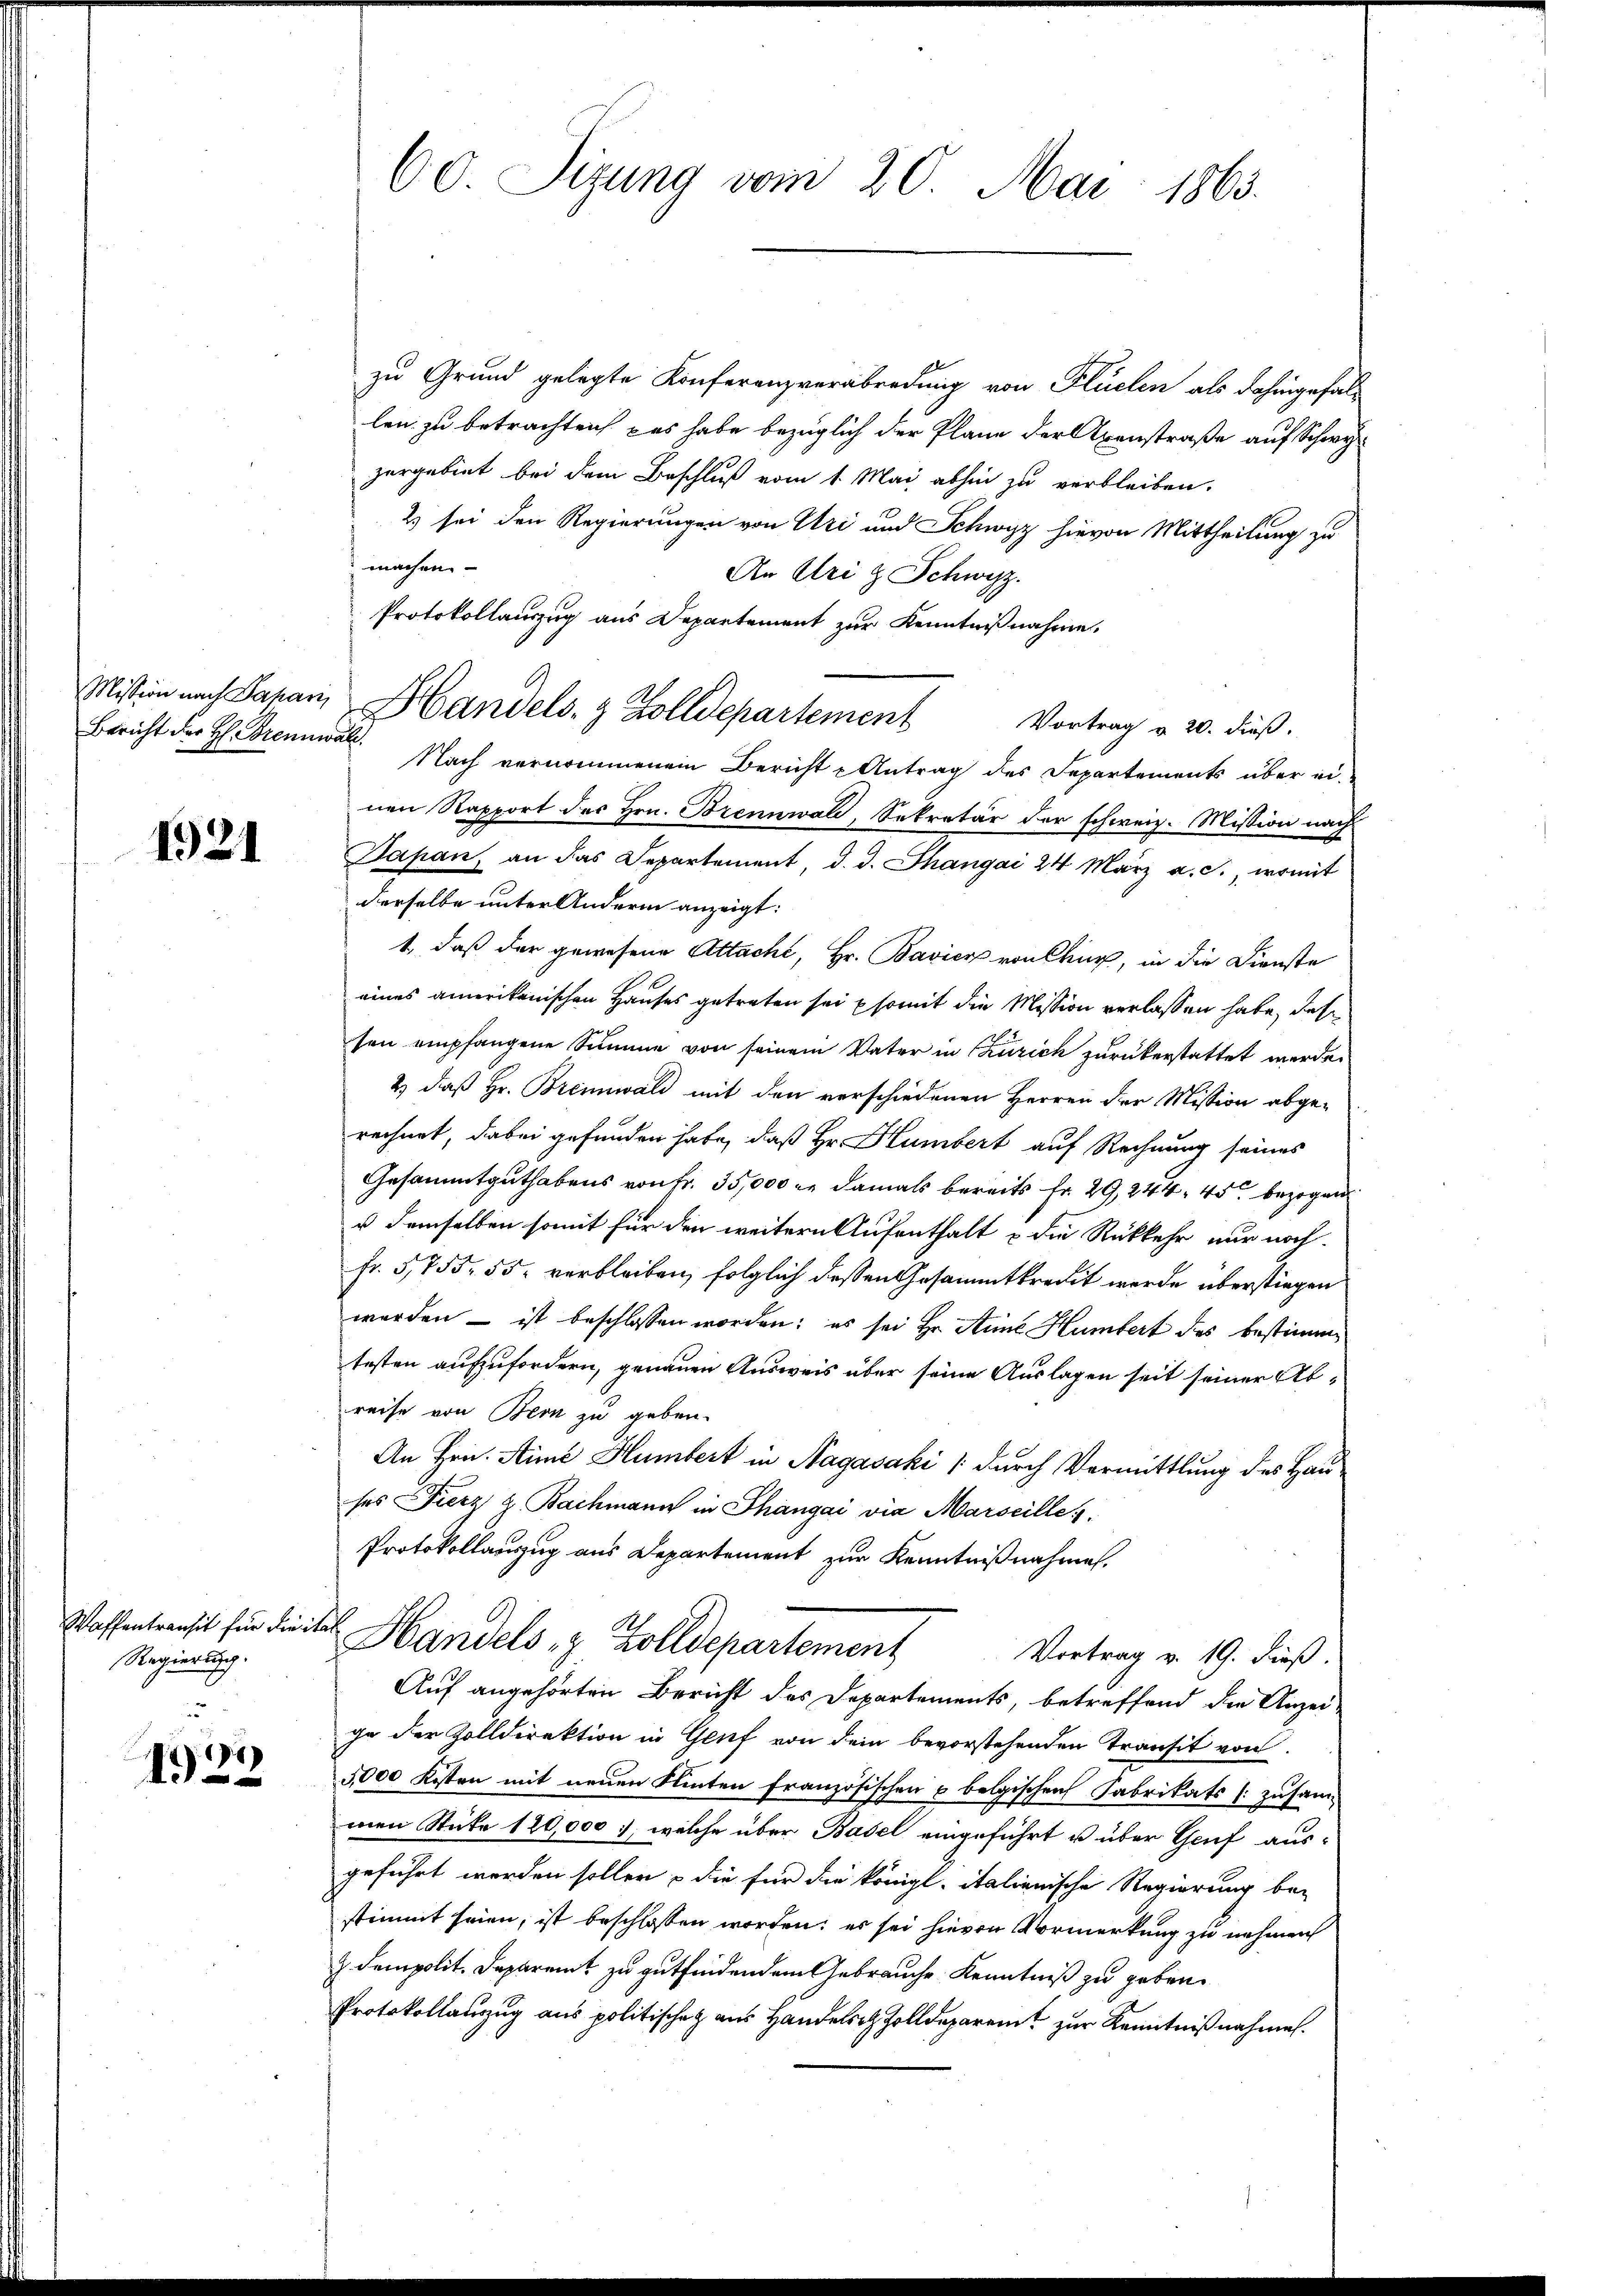
Bericht der H. Brennwalt.

1921

Waffentransit für die it
Regierung.

195

60. Sizung vom 20. Mai 1863.

zu Grund gelegte Konferenzverabredung von Flüelen als dahingefallen zu betrachten das habe bezüglich der Plane der Arenstraße auf Schwyzergebiet bei dem Beschluß vom 1. Mai abhin zu verbleiben.
2 sei den Regierungen von Uri und Schwyz hievon Mittheilung zu
machen.
An Uri & Schwyz.
Protokollauszug aus Departement zur Kenntnißnahme.
Nach vernommenem Bericht u Antrag des Departements über einen Rapport des Hrn. Brennwald, Sekretär der schweiz. Mission nach
Japan, an das Departement, d. d. Thangai 24 März a. c., womit
derselbe unter Andern anzeigt:
t, daß der gewesene Attacht, Hr. Bavier von Chur, in die Dienste
eines amerikanischen Hauses getreten sei somit die Mission verlassen habe, daß
sen empfangene Summe von seinem Vater in Churich zurükerstattet werde.
2.) daß Hr. Brennwald mit den verschiedenen Herren der Mission abge-
rechnet, dabei gefunden habe, daß Hr. Humbert auf Rechnung seines
Gesammtguthabens von Fr. 35,000 er damals bereits Fr. 29, 244. 45 bezogen
u demselben somit für den weitern Aufenthalt u die Rückkehr nur noch
fr. 575. 55, verbleiben, folglich dessen Gesammtkredit werde überstiegen
werden – ist beschlossen worden; es sei Hr. Anna Humbert des bestimmtesten aufzufordern, genauen Ausweis über seine Auslagen seit seiner Abreise von Bern zu geben.
An Hrn. Stime Humbert in Nagasaki / durch Vermittlung des Hau-
ses Fierz z. Bachmann in Phangai via Marseille
Protokollauszug aus Departement zur Kenntnißnahmen.
i
Handels- & Zolldepartement
Vortrag v. 19. dieß.
Auf angehörten Bericht des Departements, betreffend die Anzeige der Zolldirektion in Genf von dem bevorstehenden Transit von
5,000 Kosten mit neuen Klinten französischen u belgischen Fabrikats zusammen Stücke 120,000, welche über Basel eingeführt u über Genf aus-
geführt werden sollen – die für die königl. italienische Regierung be-
stimmt seien, ist beschlossen worden; es sei hievon Vormerkung zu nehmen
Z. dem polit. Deparamt zu gutfindendem Gebrauche Kenntniß zu geben.
Protokollanzug aus politischen aus Handels Zolldeparent zur Kenntniß nahmen.

Mision nach Saran, Handels- & Zolldepartement Vortrag v. 20. dieß.